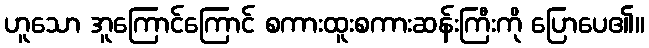
ဟူသော အူကြောင်ကြောင် စကားထူးစကားဆန်းကြီးကို ပြောပေ၏။